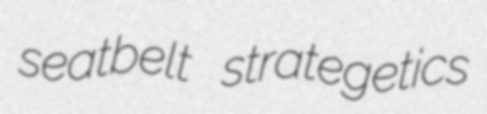
seatbelt strategetics